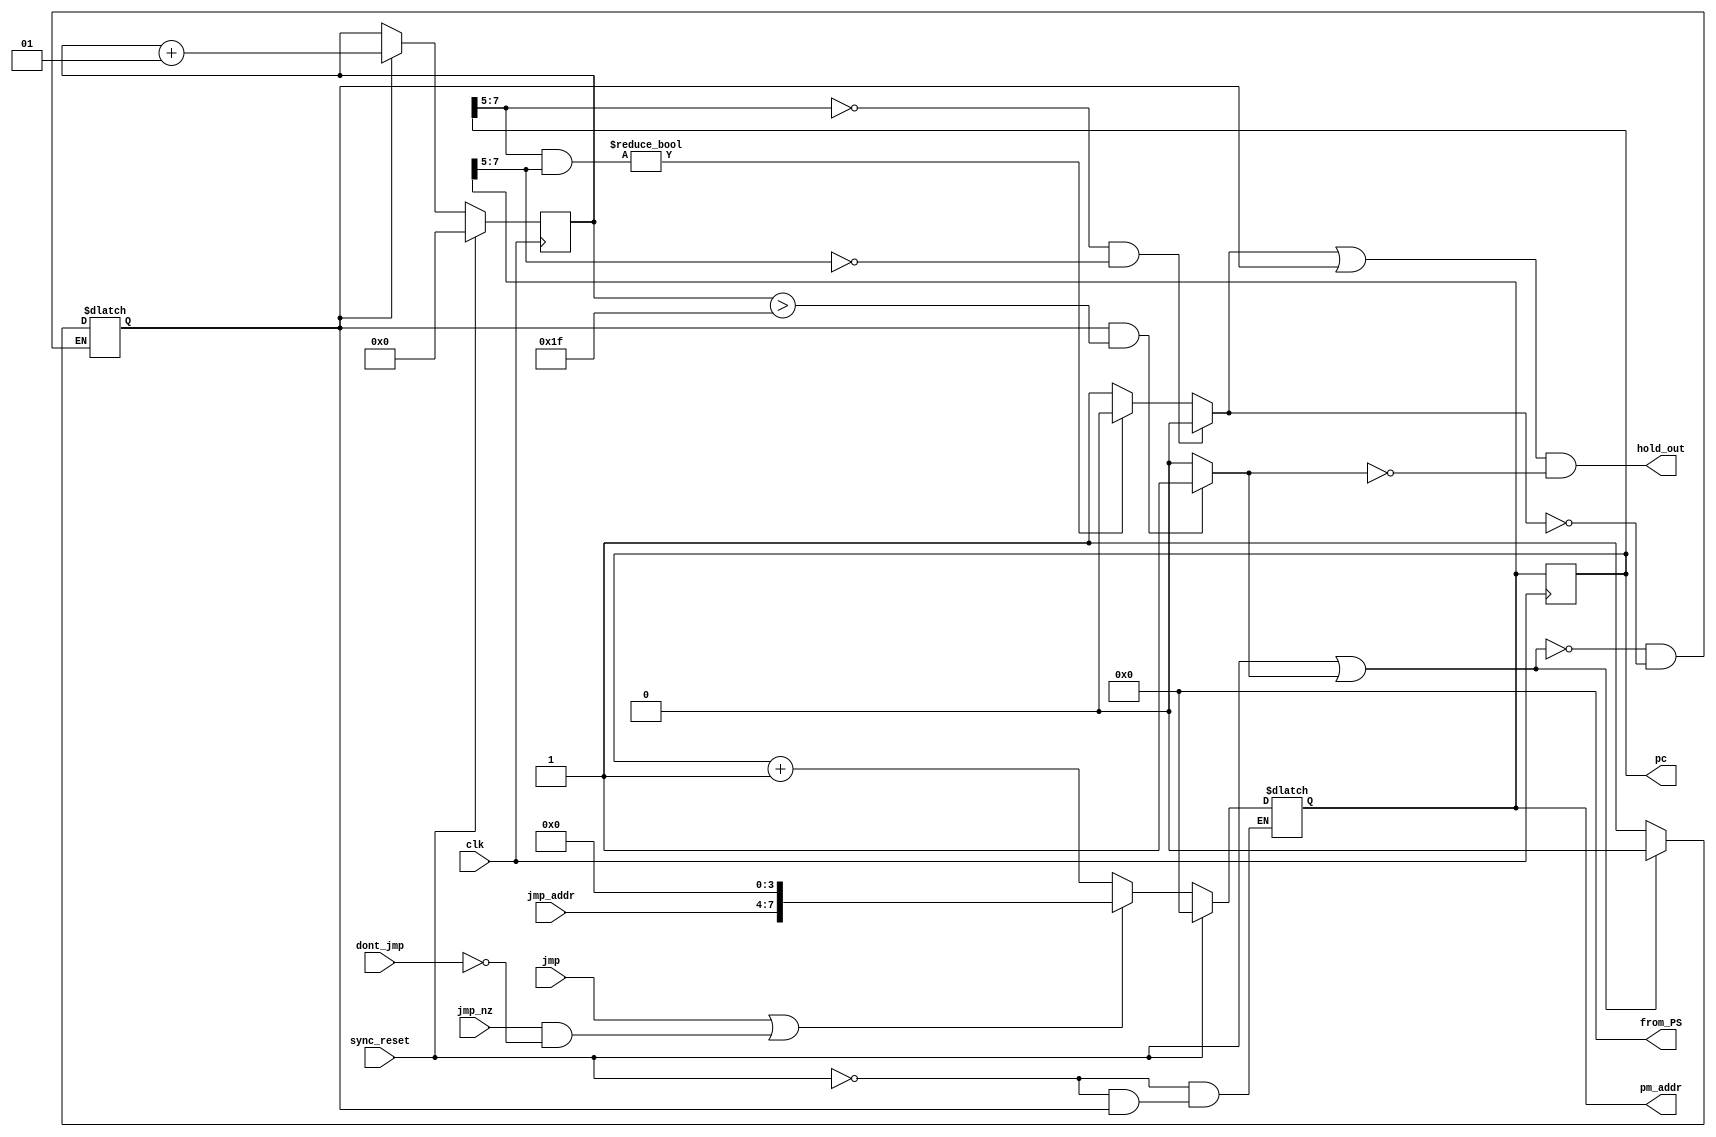
module program_sequencer(
	input clk, 
	input sync_reset,
	input [3:0] jmp_addr,
	input jmp,
	input jmp_nz,
	input dont_jmp,
	output reg [7:0] pm_addr,
	output wire [7:0] from_PS,
	output reg [7:0] pc,
	output wire hold_out
);

reg start_hold;
integer hold_count;
reg end_hold;
reg hold;


//----------------------------Start_Hold Logic-------------------------------
always@(pc || pm_addr)
	if ((pc[7:5] == 3'b000) && (pm_addr[7:5] == 3'b000)) //when they are the same but all zeros so it would fail the logic check
		start_hold <= 0;
	else if ((pc[7:5] & pm_addr[7:5])) //when they are the same, set low
		start_hold <= 0;
	else
		begin
		start_hold <= 1; //they must be different 
		end
		
//-------------------------------Hold Logic----------------------------------
always@(*)
	if (sync_reset | end_hold)
		hold <= 0;
	else if (start_hold)
		hold <= 1;
	else 
		hold <= hold;


//-----------------------------Hold_count Logic----------------------------
always@(posedge clk)
	begin
		if (sync_reset)
			hold_count <= 0;
		else if(hold)
			hold_count <= hold_count + 1;
		else
			hold_count <= hold_count;
	end

//-------------------------------end_hold Logic----------------------------
always@(*)
	begin
		if(hold && (hold_count > 31))  
			begin
			end_hold <= 1'b1;
			end
		else 
			end_hold <= 1'b0;
	end

//----------------------------Hold_out Logic------------------------------------
assign hold_out = ((start_hold | hold) & !(end_hold));
	
assign from_PS = 8'H00;
//assign from_PS = pc;

	
	
always @ (*)
	if (sync_reset == 1'b1)
		pm_addr = 8'H00;
	else if (hold) //-------------------Holding
		pm_addr <= pm_addr;
	else if ((jmp == 1'b1) || ((jmp_nz == 1'b1) && (dont_jmp == 1'b0)))
		pm_addr = {jmp_addr, 4'H0};
	else
		pm_addr = pc + 8'H01;
		

always @(posedge clk)
	pc <= pm_addr;


endmodule